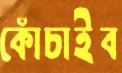
কোঁচাইব